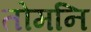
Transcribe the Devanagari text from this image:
तोमनि